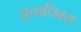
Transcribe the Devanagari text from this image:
यूनाधिक्य